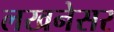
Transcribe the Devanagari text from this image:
लखनेसर